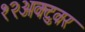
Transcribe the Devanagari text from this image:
१२अक्टुवर